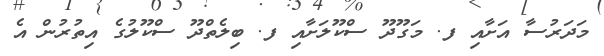
މަދަރުސާ އަށާއި ފ. މަގޫދޫ ސްކޫލަށާއި ފ. ބިލެތްދޫ ސްކޫލުގެ އިތުރުން އެ